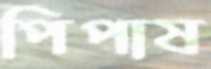
পিপাষ